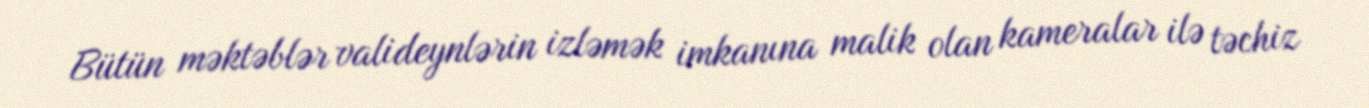
Bütün məktəblər valideynlərin izləmək imkanına malik olan kameralar ilə təchiz